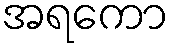
အရကော